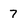
Character: 7